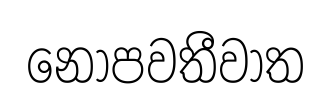
නොපවතීවාත